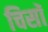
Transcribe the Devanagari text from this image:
चिसॉ